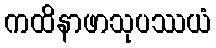
ကထိနာဖာသုပဿယံ